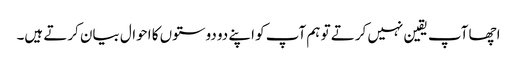
اچھا آپ یقین نہیں کرتے تو ہم آپ کو اپنے دو دوستوں کا احوال بیان کرتے ہیں۔